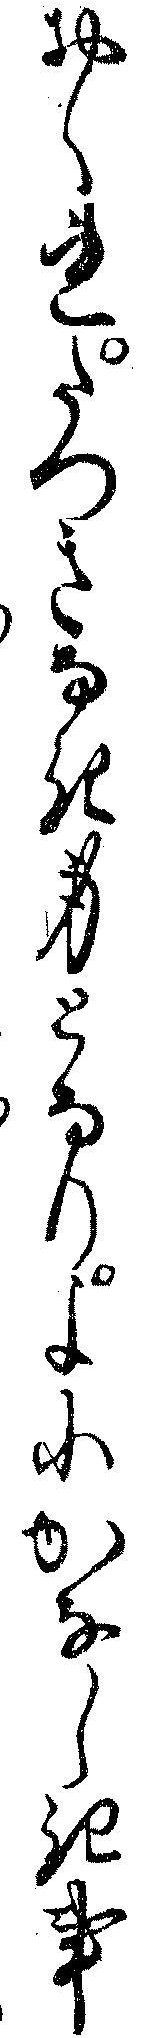
おくれたつきなき身となりよにかなしき事